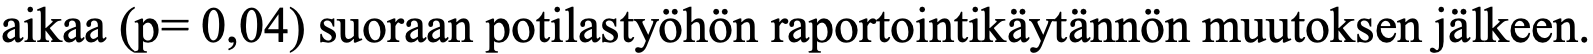
aikaa (p= 0,04) suoraan potilastyöhön raportointikäytännön muutoksen jälkeen.